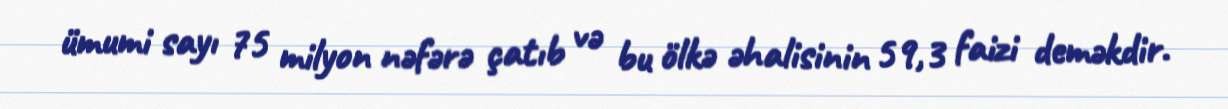
ümumi sayı 75 milyon nəfərə çatıb və bu ölkə əhalisinin 59,3 faizi deməkdir.